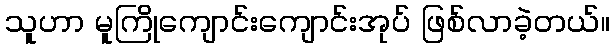
သူဟာ မူကြိုကျောင်းကျောင်းအုပ် ဖြစ်လာခဲ့တယ်။